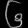
Digit: ၆